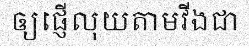
ឲ្យផ្ញើលុយតាមវីងជា